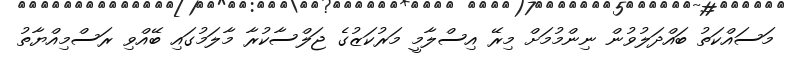
މަސައްކަތު ބައްދަލުވުން ނިންމުމަށް މިރޭ އިސްލާމީ މަރުކަޒުގެ ޖަލްސާކުރާ މާލަމުގައި ބޭއްވި ރަސްމިއްޔާތު